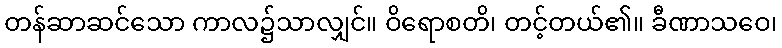
တန်ဆာဆင်သော ကာလ၌သာလျှင်။ ဝိရောစတိ၊ တင့်တယ်၏။ ခီဏာသဝေ၊